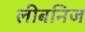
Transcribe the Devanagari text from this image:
लीबनिज